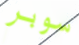
سوبر